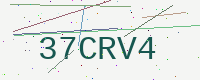
Text: 37CRV4